King Institute of Preventive Medicine Micro-Biological Section reports 1912-19
Year: 1912
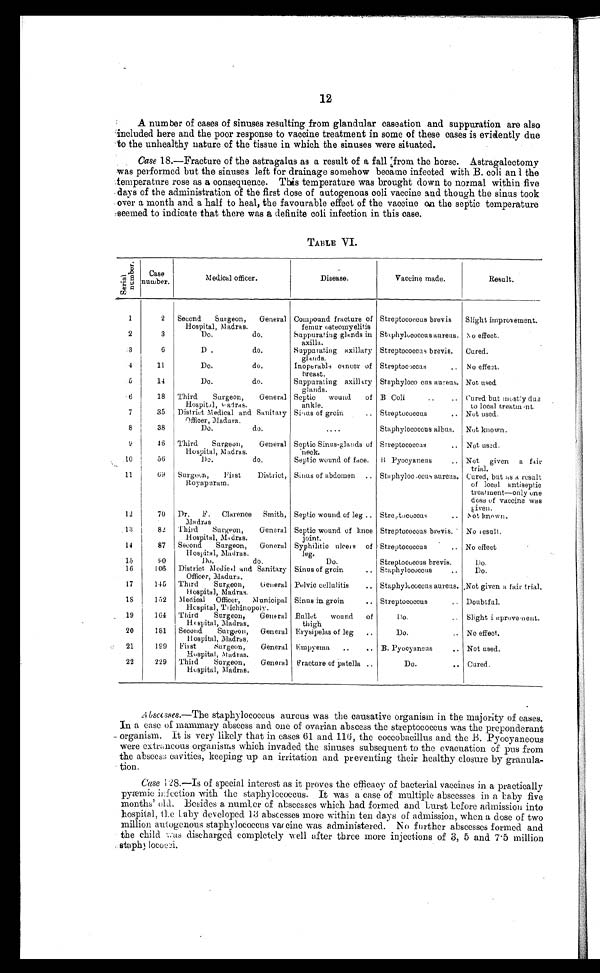
12
A number of cases of sinuses resulting from glandular caseation and suppuration are also
included here and the poor response to vaccine treatment in some of these cases is evidently due
to the unhealthy nature of the tissue in which the sinuses were situated.
Case 18.—Fracture of the astragalus as a result of a fall from the horse. Astragalectomy
was performed but the sinuses left for drainage somehow became infected with B. coli and the
temperature rose as a consequence. This temperature was brought down to normal within five
days of the administration of the first dose of autogenous coli vaccine and though the sinus took
over a month and a half to heal, the favourable effect of the vaccine on the septic temperature
seemed to indicate that there was a definite coli infection in this case.
TABLE VI.
S e r i a l n u m b e r .
Case
number.
Medical officer.
Disease.
Vaccine made.
Result.
1
2
Second
Surgeon,
General
Hospital, Madras.
Compound fracture of
femur osteomyelitis
Streptococcus brevis
Slight improvement.
2
3
Do.
do.
Suppurating glands in
axilla.
Staphylococcus aureus. No effect.
3
6
D .
do.
Suppurating axillary
glands.
Streptococcus brevis.
Cured.
4
1 1
Do.
do.
Inoperable cancer of
breast.
Streptococcus
. . No effect.
5
14
Do.
do.
Suppurating axillary
glands.
Staphylococcus aureus. Not used.
6
18
Third
Surgeon,
General
Hospital, Madras.
Septic
wound
of
ankle.
B Coli
..
.. Cured but mostly due
to local treatment.
7
35
District Medical and Sanitary
Officer, Madura.
Sinus of groin
.. Streptococcus
.. Not used.
8
38
Do.
do.
....
Staphylococcus albus,
Not known.
9
16
Third
Surgeon,
General
Hospital, Madras.
Septic Sinus-glands of
neck.
Streptococcus
.. Not used.
10
56
Do.
do.
Septic wound of face. B Pyocyaneus
.. Not given a fair
trial.
11
6 9
Surgeon,
First
District,
Royapuram.
Sinus of abdomen
.. Staphylococcus aureus. Cured, but as a result
of local antiseptic
treatment—only one
dose of vaccine was
given.
12
70
Dr.
F.
Clarence
Smith,
Madras
Septic wound of leg .. Streptococcus
.. Not known.
13
82
Third
Surgeon,
General
Hospital, Madras.
Septic wound of knee
joint.
Streptococcus brevis.
No result.
14
87
Second
Surgeon,
General
Hospital, Madras.
Syphilitic ulcers of
leg.
'Streptococcus
.. No effect
15
9 0
Do.
do.
Do.
Streptococcus brevis.
Do.
16
106
District Medical and Sanitary
Officer,Madura.
Sinus of groin
.. Staphylococcus
..
Do.
17
115
Third
Surgeon,
General
Hospital, Madras.
Pelvic cellulitis
.. Staphylococcus aureus. Not given a fair trial.
18
152
Medical Officer,
Municipal
Hospital, Trichinopoly.
Sinus in groin
.. Streptococcus
.. Doubtful.
19
164
Third
Surgeon,
General
Hospital, Madras.
Bullet
wound
of
thigh
Do.
Slight improvement.
20
181
Second
Surgeon,
General
Hospital, M adras.
Erysipelas of leg
..
Do.
.. No effect.
21
199
Fir st
Surgeon,
General
Hospital, Madras.
Empyema
..
.. B. Pyocyaneus
.. Not used.
22
229
Third
Surgeon,
General
Hospital, Madras.
Fracture of patella ..
Do.
.. Cured.
Abscesses.— The staphylococcus aureus was the causative organism in the majority of cases.
In a case of mammary abscess and one of ovarian abscess the streptococcus was the preponderant
organism. It is very likely that in cases 61 and 116, the coccobacillus and the B. Pyocyaneous
were extraneous organisms which invaded the sinuses subsequent to the evacuation of pus from
the abscess cavities, keeping up an irritation and preventing their healthy closure by granula-
tion.
Case 128.—Is of special interest as it proves the efficacy of bacterial vaccines in a practically
pyæmic infection with the staphylococcus. It was a case of multiple abscesses in a baby five
months' old. Besides a number of abscesses which had formed and burst before admission into
hospital, the baby developed1 3 a b s c e s s e s m o r e w i t h i n t e n d a y s o f a d m i s s i o n , w h e n a d o s e o f t w o
million autogenous staphylococcus vaccine was administered. No further abscesses formed and
the child discharged completely well after three more injections of 3, 5 and 7.5 million
staphylococci.